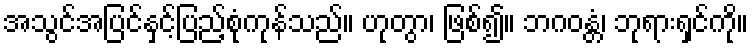
အသွင်အပြင်နှင့်ပြည့်စုံကုန်သည်။ ဟုတွာ၊ ဖြစ်၍။ ဘဂဝန္တံ၊ ဘုရားရှင်ကို။